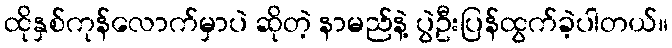
ထိုနှစ်ကုန်လောက်မှာပဲ ဆိုတဲ့ နာမည်နဲ့ ပွဲဦးပြန်ထွက်ခဲ့ပါတယ်။